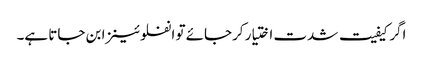
اگر کیفیت شدت اختیار کرجائے تو انفلوئینزا بن جاتا ہے۔